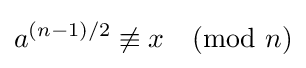
a^{(n-1)/2}\not \equiv x{\pmod {n}}